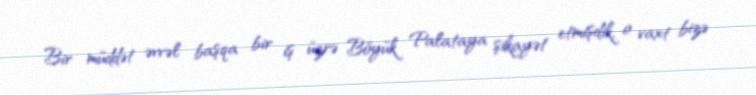
Bir müddət əvvəl başqa bir iş üzrə Böyük Palataya şikayət etmişdik, o vaxt bizə